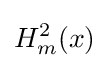
H_{m}^{2}(x)